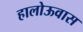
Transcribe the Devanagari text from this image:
हालोऊवास